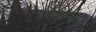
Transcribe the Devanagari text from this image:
महाकयः